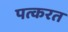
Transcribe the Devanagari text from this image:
पत्करत